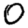
Digit: 0